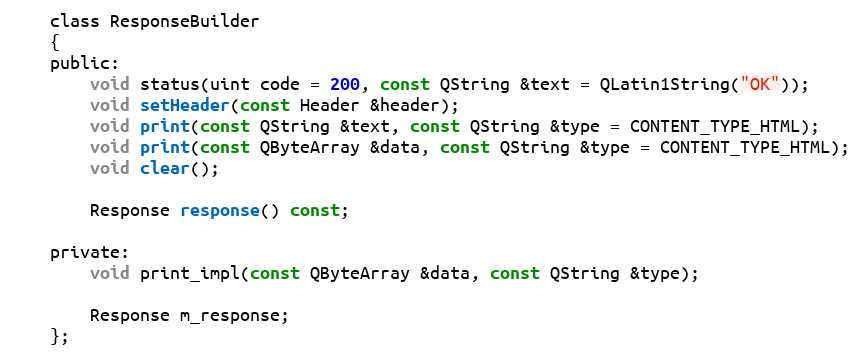
Language: C
    class ResponseBuilder
    {
    public:
        void status(uint code = 200, const QString &text = QLatin1String("OK"));
        void setHeader(const Header &header);
        void print(const QString &text, const QString &type = CONTENT_TYPE_HTML);
        void print(const QByteArray &data, const QString &type = CONTENT_TYPE_HTML);
        void clear();

        Response response() const;

    private:
        void print_impl(const QByteArray &data, const QString &type);

        Response m_response;
    };